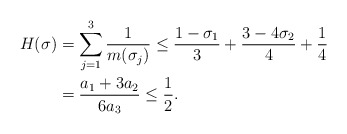
\begin{align*}H(\sigma)&=\sum_{j=1}^3\frac {1}{m(\sigma_j)}\le\frac{1-\sigma_1}{3}+\frac{3-4\sigma_2}{4}+\frac 14\\&=\frac{a_1+3a_2}{6a_3}\le\frac 12.\end{align*}